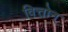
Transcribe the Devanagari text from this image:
वित्तोन्